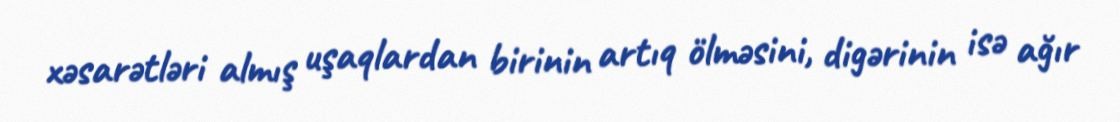
xəsarətləri almış uşaqlardan birinin artıq ölməsini, digərinin isə ağır